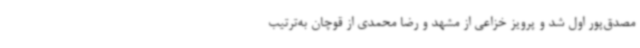
مصدق‌پور اول شد و پرویز خزاعی از مشهد و رضا محمدی از قوچان به‌ترتیب